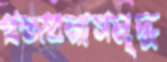
প্রস্তাবনাসমৃদ্ধ